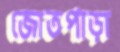
জোতপাড়া